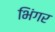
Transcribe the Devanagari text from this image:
भिंगर